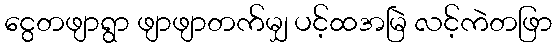
ငွေတဖျာရွာ ဖျာဖျာတက်မျှ ပင့်ထအမြဲ လင့်ကဲတဖြာ